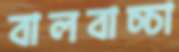
বালবাচ্চা